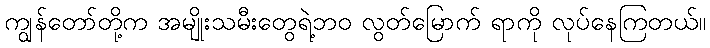
ကျွန်တော်တို့က အမျိုးသမီးတွေရဲ့ဘဝ လွတ်မြောက် ရာကို လုပ်နေကြတယ်။